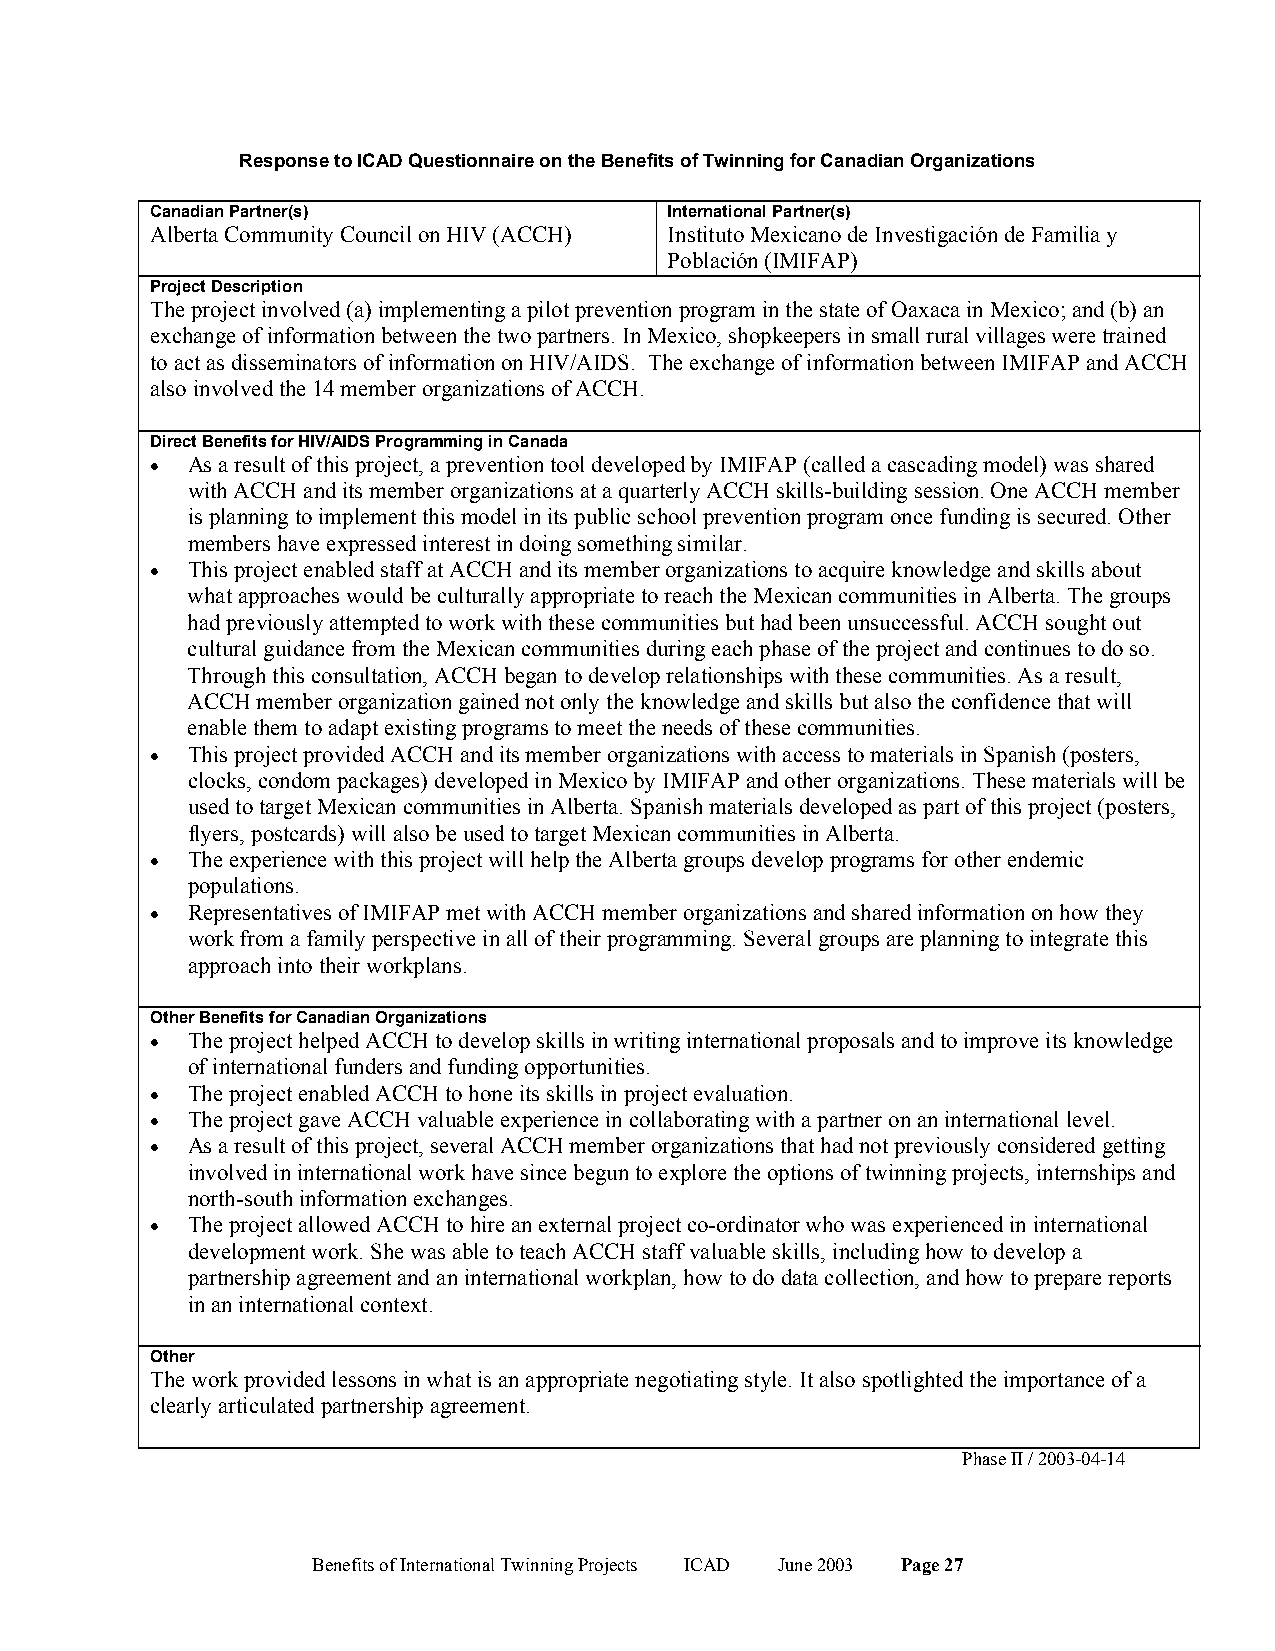
Response to ICAD Questionnaire on the Benefits of Twinning for Canadian Organizations
 Canadian Partner(s)               International Partner(s)
 Alberta Community Council on HIV (ACCH) Instituto Mexicano de Investigación de Familia y
 Población (IMIFAP)
 Project Description
 The project involved (a) implementing a pilot prevention program in the state of Oaxaca in Mexico; and (b) an
 exchange of information between the two partners. In Mexico, shopkeepers in small rural villages were trained
 to act as disseminators of information on HIV/AIDS. The exchange of information between IMIFAP and ACCH
 also involved the 14 member organizations of ACCH.
 Direct Benefits for HIV/AIDS Programming in Canada
 • As a result of this project, a prevention tool developed by IMIFAP (called a cascading model) was shared
 with ACCH and its member organizations at a quarterly ACCH skills-building session. One ACCH member
 is planning to implement this model in its public school prevention program once funding is secured. Other
 members have expressed interest in doing something similar.
 • This project enabled staff at ACCH and its member organizations to acquire knowledge and skills about
 what approaches would be culturally appropriate to reach the Mexican communities in Alberta. The groups
 had previously attempted to work with these communities but had been unsuccessful. ACCH sought out
 cultural guidance from the Mexican communities during each phase of the project and continues to do so.
 Through this consultation, ACCH began to develop relationships with these communities. As a result,
 ACCH member organization gained not only the knowledge and skills but also the confidence that will
 enable them to adapt existing programs to meet the needs of these communities.
 • This project provided ACCH and its member organizations with access to materials in Spanish (posters,
 clocks, condom packages) developed in Mexico by IMIFAP and other organizations. These materials will be
 used to target Mexican communities in Alberta. Spanish materials developed as part of this project (posters,
 flyers, postcards) will also be used to target Mexican communities in Alberta.
 • The experience with this project will help the Alberta groups develop programs for other endemic
 populations.
 • Representatives of IMIFAP met with ACCH member organizations and shared information on how they
 work from a family perspective in all of their programming. Several groups are planning to integrate this
 approach into their workplans.
 Other Benefits for Canadian Organizations
 • The project helped ACCH to develop skills in writing international proposals and to improve its knowledge
 of international funders and funding opportunities.
 • The project enabled ACCH to hone its skills in project evaluation.
 • The project gave ACCH valuable experience in collaborating with a partner on an international level.
 • As a result of this project, several ACCH member organizations that had not previously considered getting
 involved in international work have since begun to explore the options of twinning projects, internships and
 north-south information exchanges.
 • The project allowed ACCH to hire an external project co-ordinator who was experienced in international
 development work. She was able to teach ACCH staff valuable skills, including how to develop a
 partnership agreement and an international workplan, how to do data collection, and how to prepare reports
 in an international context.
 Other
 The work provided lessons in what is an appropriate negotiating style. It also spotlighted the importance of a
 clearly articulated partnership agreement.
 Phase II / 2003-04-14
 Benefits of International Twinning Projects ICAD June 2003 Page 27